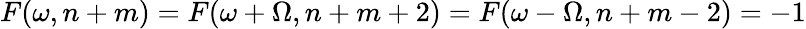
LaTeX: F(\omega,n+m)=F(\omega+\Omega,n+m+2)=F(\omega-\Omega,n+m-2)=-1